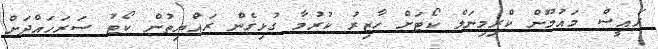
ރައީސް މައުމޫން ކްރިމިނަލް ކޯޓަށް ހާޒިރު ކުރުމާ ގުޅިގެން ރައްޔިތުން ކޯޓު ސަރަހައްދަށް